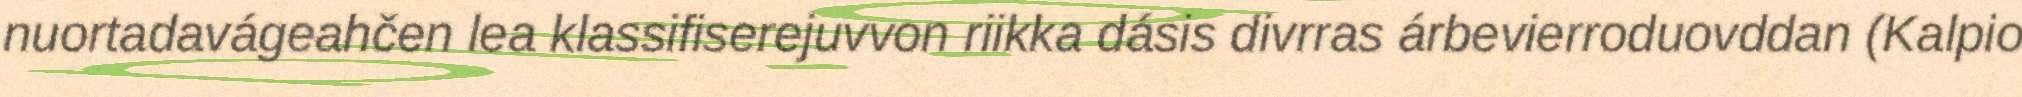
nuortadavágeahčen lea klassifiserejuvvon riikka dásis divrras árbevierroduovddan (Kalpio